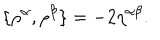
\{ \rho ^ { \alpha } , \rho ^ { \beta } \} = - 2 \eta ^ { \alpha \beta } .